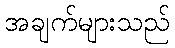
အချက်များသည်